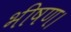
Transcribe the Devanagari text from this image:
भीषण।